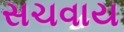
સચવાય